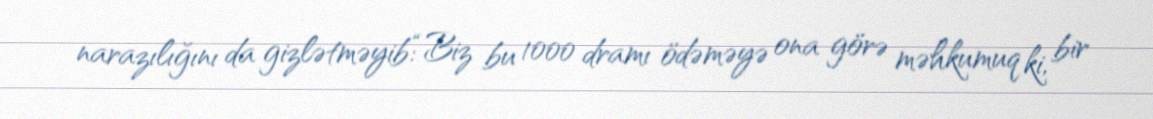
narazılığını da gizlətməyib:“Biz bu 1000 dramı ödəməyə ona görə məhkumuq ki, bir